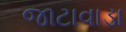
જાટાવાડા